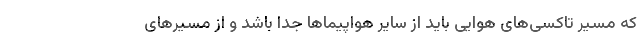
که مسیر تاکسی‌های هوایی باید از سایر هواپیماها جدا باشد و از مسیرهای